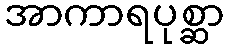
အာကာရပုစ္ဆာ